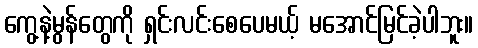
ကွေ့နဲ့မွန်တွေကို ရှင်းလင်းစေပေမယ့် မအောင်မြင်ခဲ့ပါဘူး။